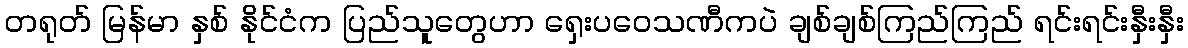
တရုတ် မြန်မာ နှစ် နိုင်ငံက ပြည်သူတွေဟာ ရှေးပဝေသဏီကပဲ ချစ်ချစ်ကြည်ကြည် ရင်းရင်းနှီးနှီး